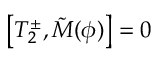
\left[ T _ { 2 } ^ { \pm } , \tilde { M } ( { \phi } ) \right] = 0